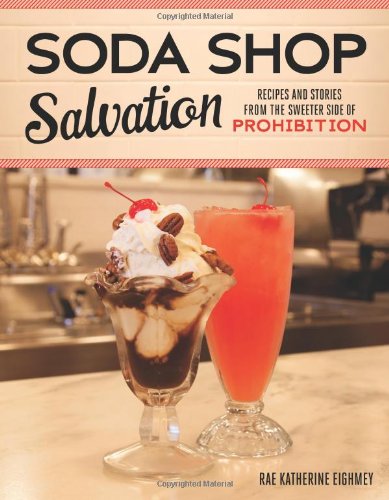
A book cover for Soda Shop Salvation: Recipes and Stories from the Sweeter Side of Prohibition; Rae Katherine Eighmey; Cookbooks, Food & Wine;